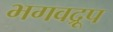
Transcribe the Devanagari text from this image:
भगवद्रूप